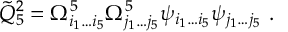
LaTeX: { \tilde { Q } } _ { 5 } ^ { 2 } = \Omega _ { i _ { 1 } \dots i _ { 5 } } ^ { 5 } \Omega _ { j _ { 1 } \dots j _ { 5 } } ^ { 5 } \psi _ { i _ { 1 } \dots i _ { 5 } } \psi _ { j _ { 1 } \dots j _ { 5 } } \ .